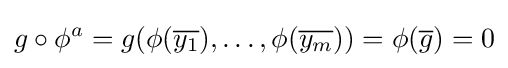
g\circ \phi ^{a}=g(\phi ({\overline {y_{1}}}),\dots ,\phi ({\overline {y_{m}}}))=\phi ({\overline {g}})=0